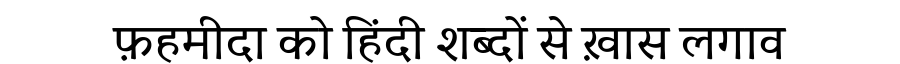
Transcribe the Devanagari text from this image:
फ़हमीदा को हिंदी शब्दों से ख़ास लगाव